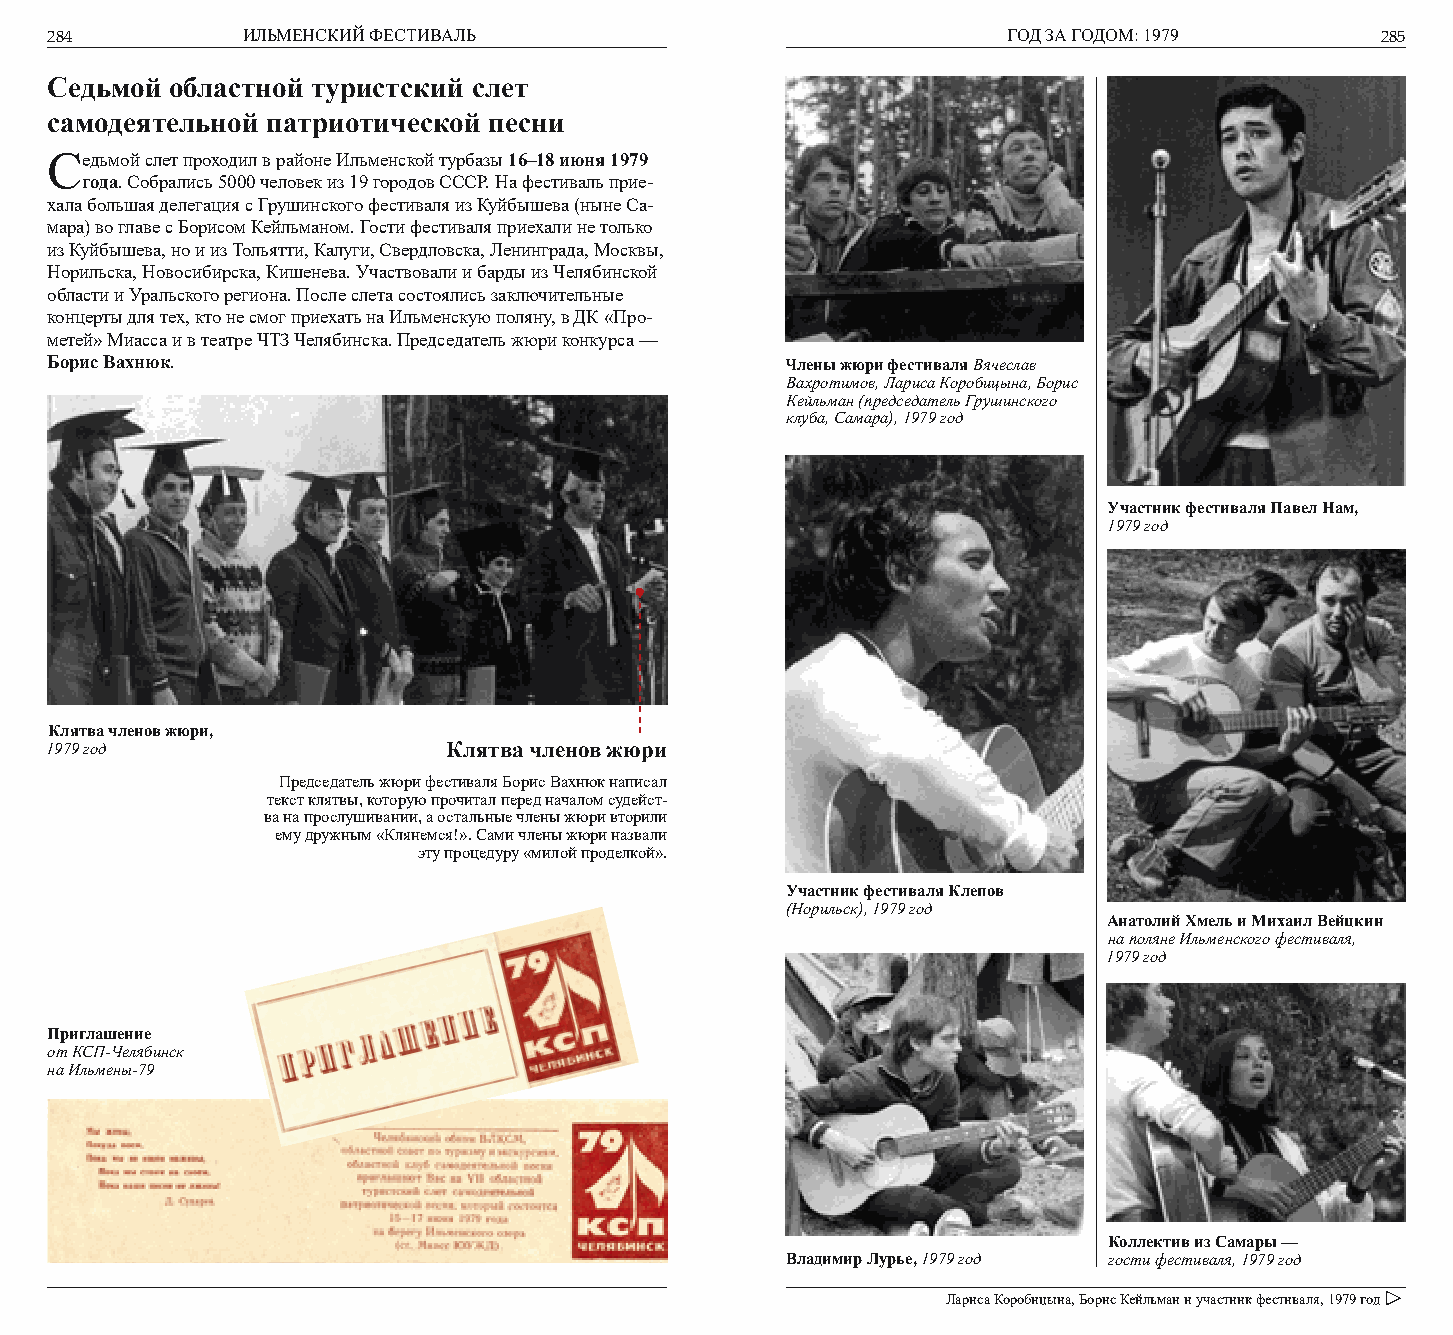
284          ИЛЬМЕНСКИЙ ФЕСТИВАЛЬ                               ГОД ЗА ГОДОМ: 1979      285
 Седьмой областной туристский слет
 самодеятельной патриотической песни
 Седьмой слет проходил в районе Ильменской турбазы 16–18 июня 1979
 года. Собрались 5000 человек из 19 городов СССР. На фестиваль прие-
 хала большая делегация с Грушинского фестиваля из Куйбышева (ныне Са-
 мара) во главе с Борисом Кейльманом. Гости фестиваля приехали не только
 из Куйбышева, но и из Тольятти, Калуги, Свердловска, Ленинграда, Москвы,
 Норильска, Новосибирска, Кишенева. Участвовали и барды из Челябинской
 области и Уральского региона. После слета состоялись заключительные
 концерты для тех, кто не смог приехать на Ильменскую поляну, в ДК «Про-
 метей» Миасса и в театре ЧТЗ Челябинска. Председатель жюри конкурса —
 Борис Вахнюк.                                    Члены жюри фестиваля Вячеслав
 Вахротимов, Лариса Коробицына, Борис
 Кейльман (председатель Грушинского
 клуба, Самара), 1979 год
 Участник фестиваля Павел Нам,
 1979 год
 Клятва членов жюри,
 1979 год                   Клятва членов жюри
 Председатель жюри фестиваля Борис Вахнюк написал
 текст клятвы, которую прочитал перед началом судейст-
 ва на прослушивании, а остальные члены жюри вторили
 ему дружным «Клянемся!». Сами члены жюри назвали
 эту процедуру «милой проделкой».
 Участник фестиваля Клепов
 (Норильск), 1979 год
 Анатолий Хмель и Михаил Вейцкин
 на поляне Ильменского фестиваля,
 1979 год
 Приглашение
 от КСП-Челябинск
 на Ильмены-79
 Коллектив из Самары —
 Владимир Лурье, 1979 год гости фестиваля, 1979 год
 Лариса Коробицына, Борис Кейльман и участник фестиваля, 1979 год